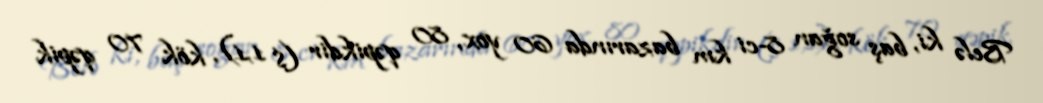
Belə ki, baş soğan 8-ci km bazarında 60 yox, 80 qəpikdir ($ 1,1), kök 70 qəpik